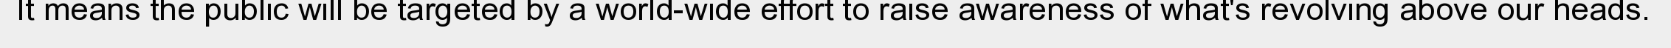
It means the public will be targeted by a world-wide effort to raise awareness of what's revolving above our heads.